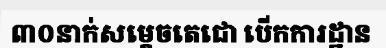
៣០នាក់សម្តេចតេជោ បើកការដ្ឋាន